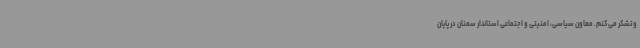
و تشکر می‌کنم. معاون سیاسی، امنیتی و اجتماعی استاندار سمنان در پایان